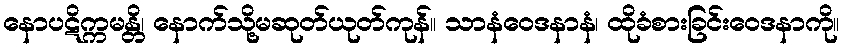
နောပဋိက္ကမန္တိ၊ နောက်သို့မဆုတ်ယုတ်ကုန်။ သာနံဝေဒနာနံ၊ ထိုခံစားခြင်းဝေဒနာကို။